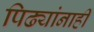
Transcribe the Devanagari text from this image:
पिढ्यांनाही